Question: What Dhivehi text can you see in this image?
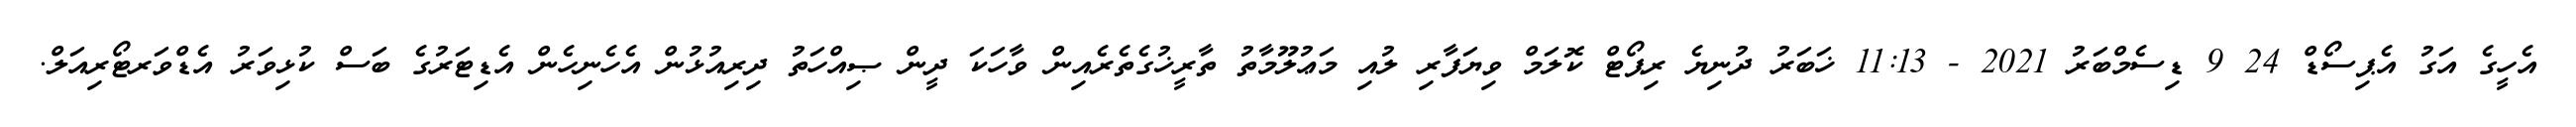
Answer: އެހީގެ އަގު އެޕިސޯޑް 24 9 ޑިސެމްބަރު 2021 - 11:13 ޚަބަރު ދުނިޔެ ރިޕޯޓް ކޮލަމް ވިޔަފާރި ލުއި މަޢުލޫމާތު ތާރީޚުގެތެރެއިން ވާހަކަ ދީން ޞިއްހަތު ދިރިއުޅުން އެހެނިހެން އެޑިޓަރުގެ ބަސް ކުޅިވަރު އެޑްވަރޓޯރިއަލް.